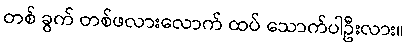
တစ် ခွက် တစ်ဖလားလောက် ထပ် သောက်ပါဦးလား။